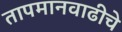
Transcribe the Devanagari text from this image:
तापमानवाढीचे